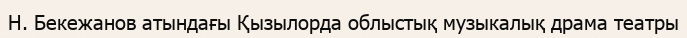
Н. Бекежанов атындағы Қызылорда облыстық музыкалық драма театры